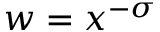
w = x ^ { - \sigma }